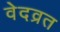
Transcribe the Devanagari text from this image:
वेदव्रत